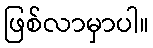
ဖြစ်လာမှာပါ။